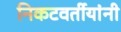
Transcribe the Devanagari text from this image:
निकटवर्तीयांनी